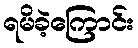
ရမိခဲ့ကြောင်း